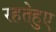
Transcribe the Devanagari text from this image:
रहतेहुए